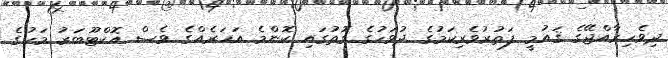
ދިވެހިރާއްޖޭގެ ޤައުމީ ފަތުރުވެރިކަމުގެ ދުވަހުގެ ގޮތުގައި ކޮންމެ އަހަރެއްގެ ވެސް އޮކްޓޫބަރު މަހުގެ